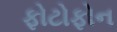
ફોટોફોન